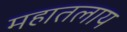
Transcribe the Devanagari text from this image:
महातलाय